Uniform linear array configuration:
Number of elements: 4
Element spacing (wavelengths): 0.5
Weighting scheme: binomial
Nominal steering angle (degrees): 60
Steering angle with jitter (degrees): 60.764
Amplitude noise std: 0.05
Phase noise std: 0.05

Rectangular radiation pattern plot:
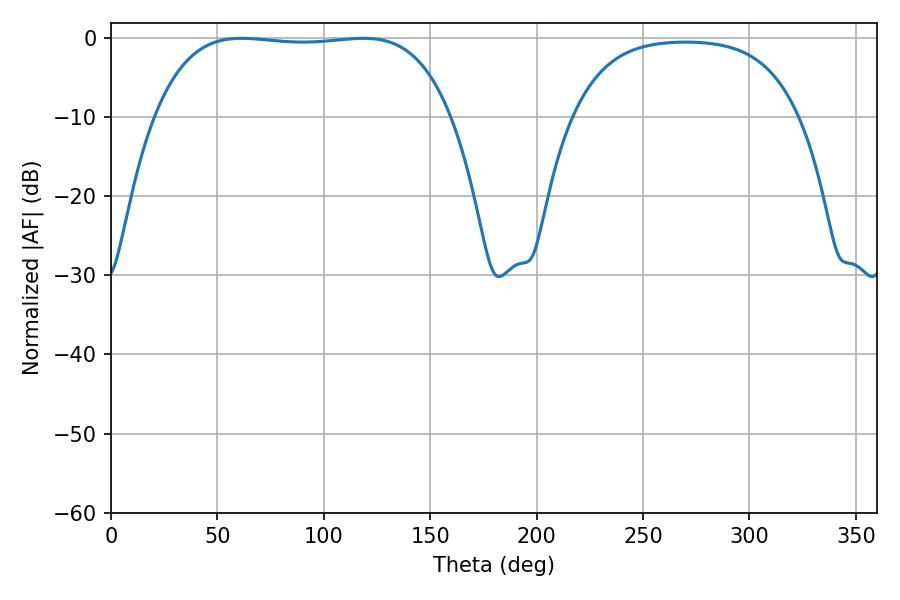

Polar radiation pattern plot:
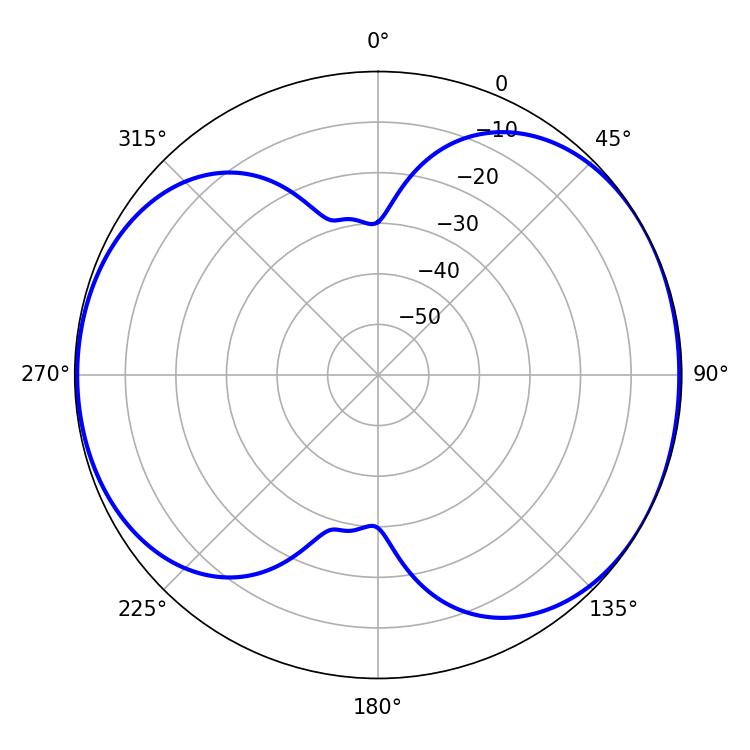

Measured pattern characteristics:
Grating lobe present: FALSE
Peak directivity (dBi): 5.834
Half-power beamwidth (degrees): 109.44
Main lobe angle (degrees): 61.38